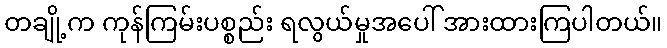
တချို့က ကုန်ကြမ်းပစ္စည်း ရလွယ်မှုအပေါ် အားထားကြပါတယ်။